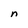
Character: n